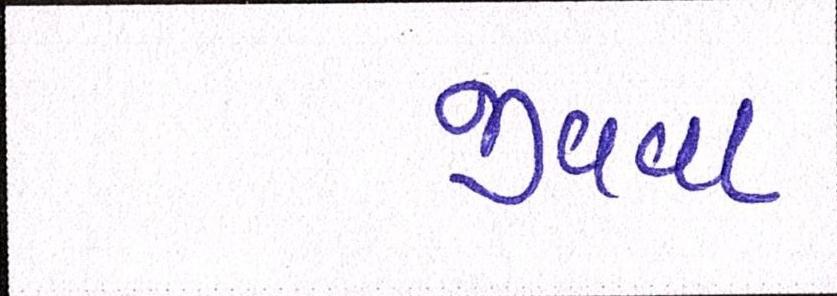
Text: જીવવા